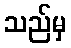
သည်မှ